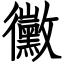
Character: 黴